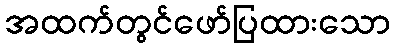
အထက်တွင်ဖော်ပြထားသော